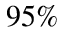
9 5 \%